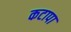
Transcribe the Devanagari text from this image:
कटापा